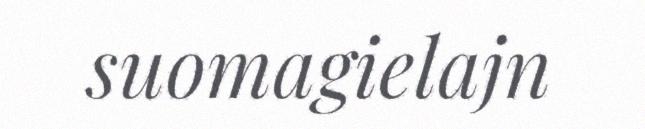
suomagielajn